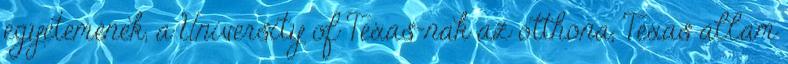
egyetemének, a University of Texas-nak az otthona, Texas állam